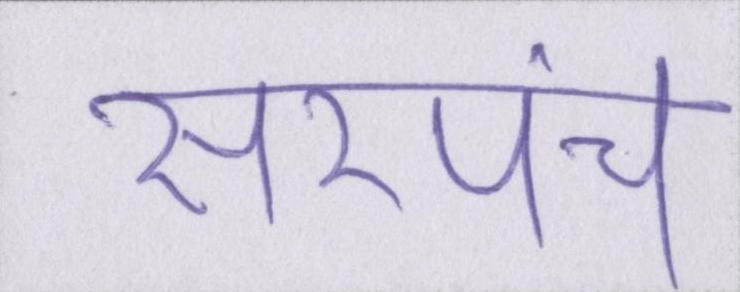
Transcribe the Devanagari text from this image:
सरपंच